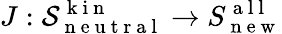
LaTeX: J:\mathcal{S}_{\mathrm{~n~e~u~t~r~a~l~}}^{\mathrm{~k~i~n~}}\to S_{\mathrm{~n~e~w~}}^{\mathrm{~a~l~l~}}